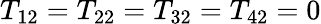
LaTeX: T_{12}=T_{22}=T_{32}=T_{42}=0